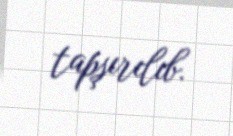
tapşırılıb.